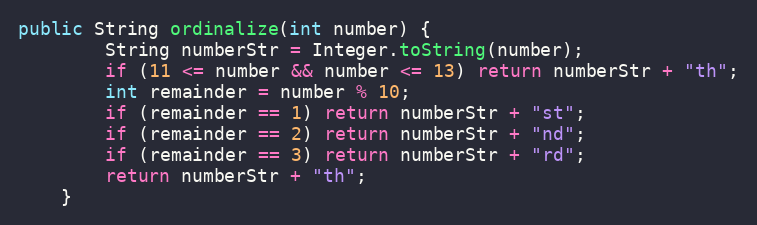
Language: Java
public String ordinalize(int number) {
        String numberStr = Integer.toString(number);
        if (11 <= number && number <= 13) return numberStr + "th";
        int remainder = number % 10;
        if (remainder == 1) return numberStr + "st";
        if (remainder == 2) return numberStr + "nd";
        if (remainder == 3) return numberStr + "rd";
        return numberStr + "th";
    }